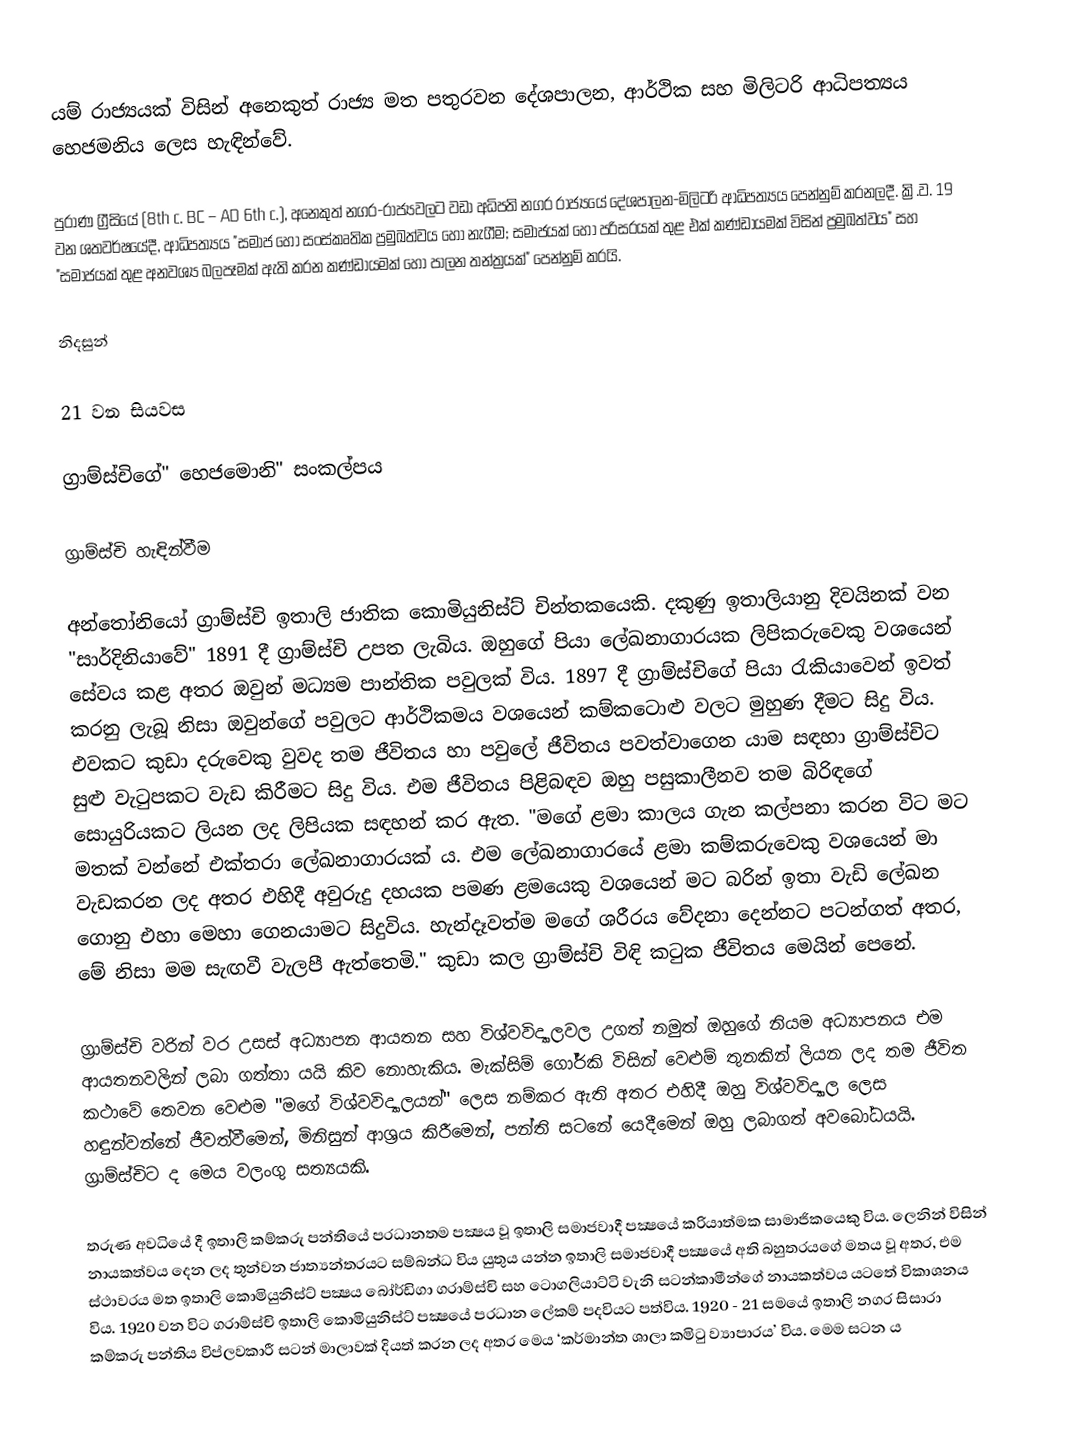
යම් රාජ්‍යයක් විසින් අනෙකුත් රාජ්‍ය මත පතුරවන දේශපාලන, ආර්ථික සහ මිලිටරි ආධිපත්‍යය හෙජමනිය ලෙස හැඳින්වේ.

පුරාණ ග්‍රීසියේ (8th c. BC – AD 6th c.), අනෙකුත් නගර-රාජ්‍යවලට වඩා අධිපති නගර රාජ්‍යයේ දේශපාලන-මිලිටරි ආධිපත්‍යය පෙන්නුම් කරනලදී. ක්‍රි.ව. 19 වන ශතවර්ෂයේදී, ආධිපත්‍යය "සමාජ හෝ සංස්කෘතික ප්‍රමුඛත්වය හෝ නැගීම; සමාජයක් හෝ පරිසරයක් තුළ එක් කණ්ඩායමක් විසින් ප්‍රමුඛත්වය" සහ "සමාජයක් තුළ අනවශ්‍ය බලපෑමක් ඇති කරන කණ්ඩායමක් හෝ පාලන තන්ත්‍රයක්" පෙන්නුම් කරයි.

නිදසුන්

21 වන සියවස

ග්‍රාම්ස්චිගේ" හෙජමොනි" සංකල්පය

ග‍්‍රාම්ස්චි හැඳින්වීම

අන්තෝනියෝ ග‍්‍රාම්ස්චි ඉතාලි ජාතික කොමියුනිස්ට් චින්තකයෙකි. දකුණු ඉතාලියානු දිවයිනක් වන "සාර්දිනියාවේ" 1891 දී ග‍්‍රාම්ස්චි උපත ලැබිය. ඔහුගේ පියා ලේඛනාගාරයක ලිපිකරුවෙකු වශයෙන් සේවය කළ අතර ඔවුන් මධ්‍යම පාන්තික පවුලක් විය. 1897 දී ග‍්‍රාම්ස්චිගේ පියා රැකියාවෙන් ඉවත් කරනු ලැබූ නිසා ඔවුන්ගේ පවුලට ආර්ථිකමය වශයෙන් කම්කටොළු වලට මුහුණ දීමට සිදු විය. එවකට කුඩා දරුවෙකු වුවද තම ජීවිතය හා පවුලේ ජීවිතය පවත්වාගෙන යාම සඳහා ග‍්‍රාම්ස්චිට සුළු වැටුපකට වැඩ කිරීමට සිදු විය. එම ජීවිතය පිළිබඳව  ඔහු  පසුකාලීනව තම බිරිඳගේ සොයුරියකට ලියන ලද ලිපියක සඳහන් කර ඇත. "මගේ ළමා කාලය ගැන කල්පනා කරන විට මට මතක් වන්නේ එක්තරා ලේඛනාගාරයක් ය. එම ලේඛනාගාරයේ ළමා කම්කරුවෙකු වශයෙන් මා වැඩකරන ලද අතර එහිදී අවුරුදු දහයක පමණ ළමයෙකු වශයෙන් මට බරින් ඉතා වැඩි ලේඛන ගොනු එහා මෙහා ගෙනයාමට සිදුවිය. හැන්දෑවත්ම මගේ ශරීරය වේදනා දෙන්නට පටන්ගත් අතර, මේ නිසා මම සැඟවී වැලපී ඇත්තෙමි." කුඩා කල ග‍්‍රාම්ස්චි විඳි කටුක ජීවිතය මෙයින් පෙනේ.

ග‍්‍රාම්ස්චි වරින් වර උසස් අධ්‍යාපන ආයතන සහ විශ්වවිද්‍යාලවල උගත් නමුත් ඔහුගේ නියම අධ්‍යාපනය එම ආයතනවලින් ලබා ගත්තා යයි කිව නොහැකිය. මැක්සිම් ගෝර්කි විසින් වෙළුම් තුනකින් ලියන ලද තම ජීවිත කථාවේ තෙවන වෙළුම "මගේ විශ්වවිද්‍යාලයන්" ලෙස නම්කර ඇති අතර එහිදී ඔහු විශ්වවිද්‍යාල ලෙස හඳුන්වන්නේ ජීවත්වීමෙන්, මිනිසුන් ආශ‍්‍රය කිරීමෙන්, පන්ති සටනේ යෙදීමෙන් ඔහු ලබාගත් අවබෝධයයි. ග‍්‍රාම්ස්චිට ද මෙය වලංගු සත්‍යයකි.

තරුණ අවධියේ දී ඉතාලි කම්කරු පන්තියේ ප‍්‍රධානතම පක්‍ෂය වූ ඉතාලි සමාජවාදී පක්‍ෂයේ ක‍්‍රියාත්මක සාමාජිකයෙකු විය. ලෙනින් විසින් නායකත්වය දෙන ලද තුන්වන ජාත්‍යන්තරයට සම්බන්ධ විය යුතුය යන්න ඉතාලි සමාජවාදී පක්‍ෂයේ අති බහුතරයගේ මතය වූ අතර, එම ස්ථාවරය මත ඉතාලි කොමියුනිස්ට් පක්‍ෂය බෝර්ඩිගා ග‍්‍රාම්ස්චි සහ ටොගලියාට්ටි වැනි සටන්කාමීන්ගේ නායකත්වය යටතේ විකාශනය විය. 1920 වන විට ග‍්‍රාම්ස්චි ඉතාලි කොමියුනිස්ට් පක්‍ෂයේ ප‍්‍රධාන ලේකම් පදවියට පත්විය. 1920 - 21 සමයේ ඉතාලි නගර සිසාරා කම්කරු පන්තිය විප්ලවකාරී සටන් මාලාවක් දියත් කරන ලද අතර මෙය ‘කර්මාන්ත ශාලා කමිටු ව්‍යාපාරය’ විය. මෙම සටන ය